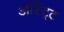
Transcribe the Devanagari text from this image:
अॅस्ट्रिट